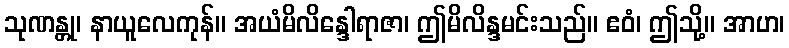
သုဏန္တု၊ နာယူလေကုန်။ အယံမိလိန္ဒေါရာဇာ၊ ဤမိလိန္ဒမင်းသည်။ ဧဝံ၊ ဤသို့။ အာဟ၊